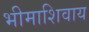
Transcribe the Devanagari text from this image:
भीमाशिवाय